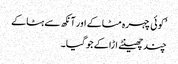
’کوئی چہرہ مٹاکے اور آنکھ سے ہٹاکے
چند چھینٹے اڑا کے جو گیا۔